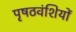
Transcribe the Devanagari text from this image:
पृषठवंशियों